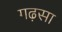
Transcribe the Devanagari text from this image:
गढ़सा